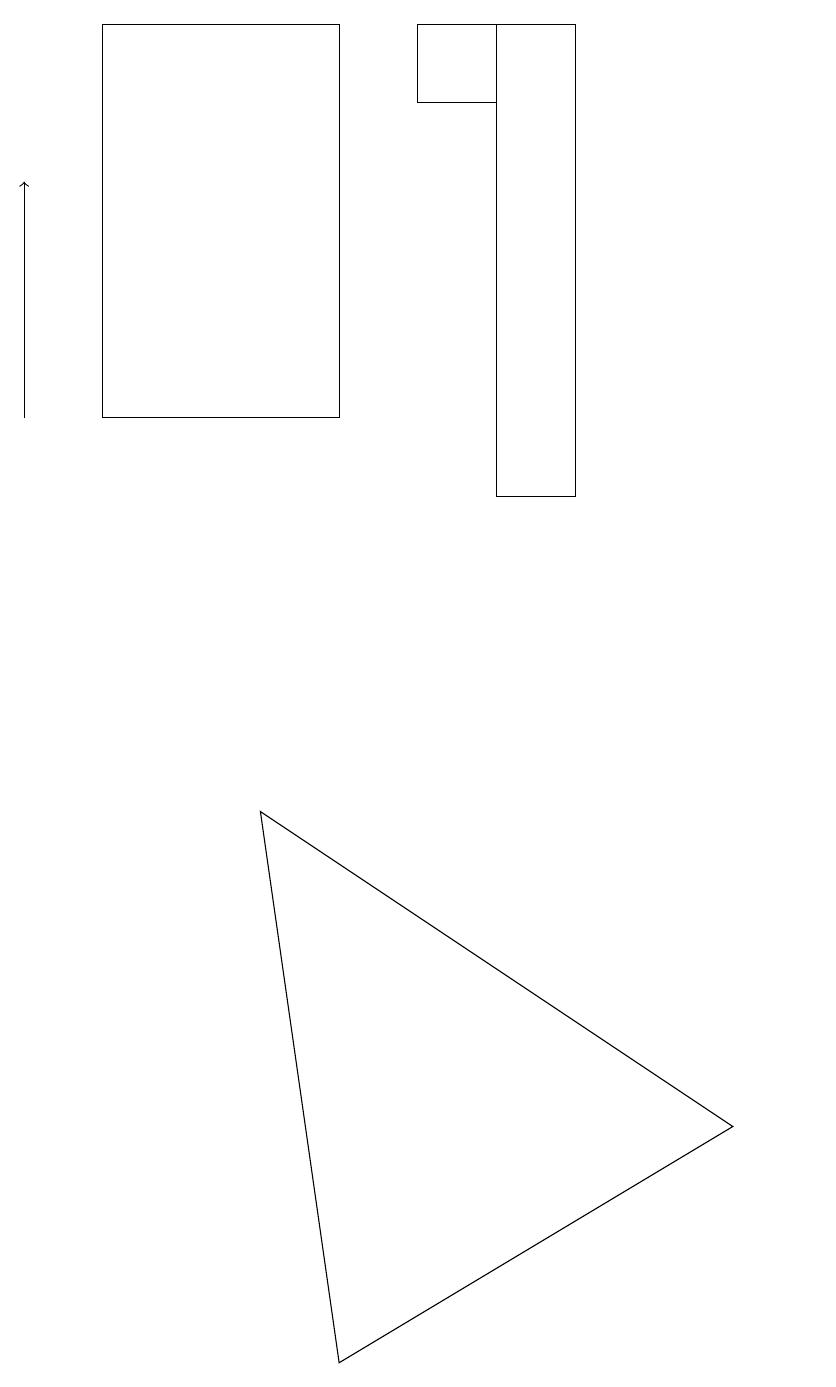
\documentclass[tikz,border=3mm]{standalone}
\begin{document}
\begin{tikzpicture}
\draw (6,18) rectangle (5,19);
\draw[->] (0,14) -- (0,17);
\draw (1,19) rectangle (4,14);
\draw (9,5) -- (4,2) -- (3,9) -- cycle;
\draw (10,12) circle (0);
\draw (7,19) rectangle (6,13);
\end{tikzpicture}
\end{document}